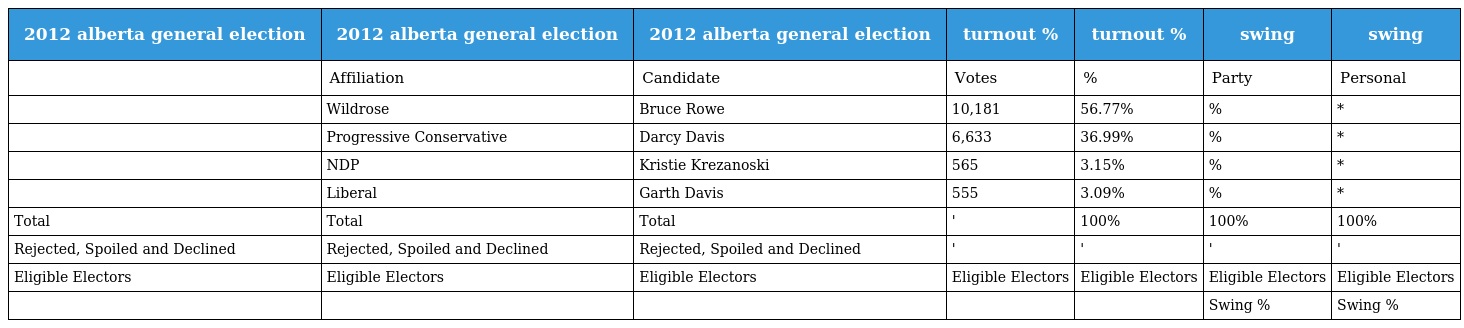
| 2012 alberta general election | 2012 alberta general election | 2012 alberta general election | turnout % | turnout % | swing | swing |
 | --- | --- | --- | --- | --- | --- | --- |
 |  | Affiliation | Candidate | Votes | % | Party | Personal |
 |  | Wildrose | Bruce Rowe | 10,181 | 56.77% | % | * |
 |  | Progressive Conservative | Darcy Davis | 6,633 | 36.99% | % | * |
 |  | NDP | Kristie Krezanoski | 565 | 3.15% | % | * |
 |  | Liberal | Garth Davis | 555 | 3.09% | % | * |
 | Total | Total | Total | ' | 100% | 100% | 100% |
 | Rejected, Spoiled and Declined | Rejected, Spoiled and Declined | Rejected, Spoiled and Declined | ' | ' | ' | ' |
 | Eligible Electors | Eligible Electors | Eligible Electors | Eligible Electors | Eligible Electors | Eligible Electors | Eligible Electors |
 |  |  |  |  |  | Swing % | Swing % |